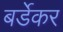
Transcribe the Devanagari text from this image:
बर्डेकर